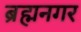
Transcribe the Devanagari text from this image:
ब्रह्मनगर